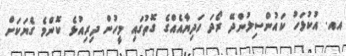
އއ. އުކުޅަހު ކައުންސިލުންދޭ ރޯދަ ހަދިޔާއެއްގެ ގޮތުގައި މީހުން ދިރިއުޅެ ކޮންމެ ގެޔަކަށް